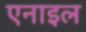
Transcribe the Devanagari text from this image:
एनाइल